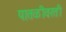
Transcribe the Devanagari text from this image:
पातळीवरती